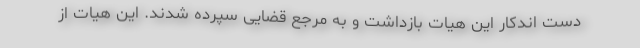
دست اندکار اين هيات بازداشت و به مرجع قضايى سپرده شدند. این هیات از